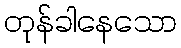
တုန်ခါနေသော